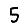
Digit: 5